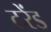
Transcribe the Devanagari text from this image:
टरेंड